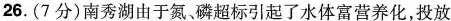
26.(7分)南秀湖由于氮、磷超标引起了水体富营养化，投放